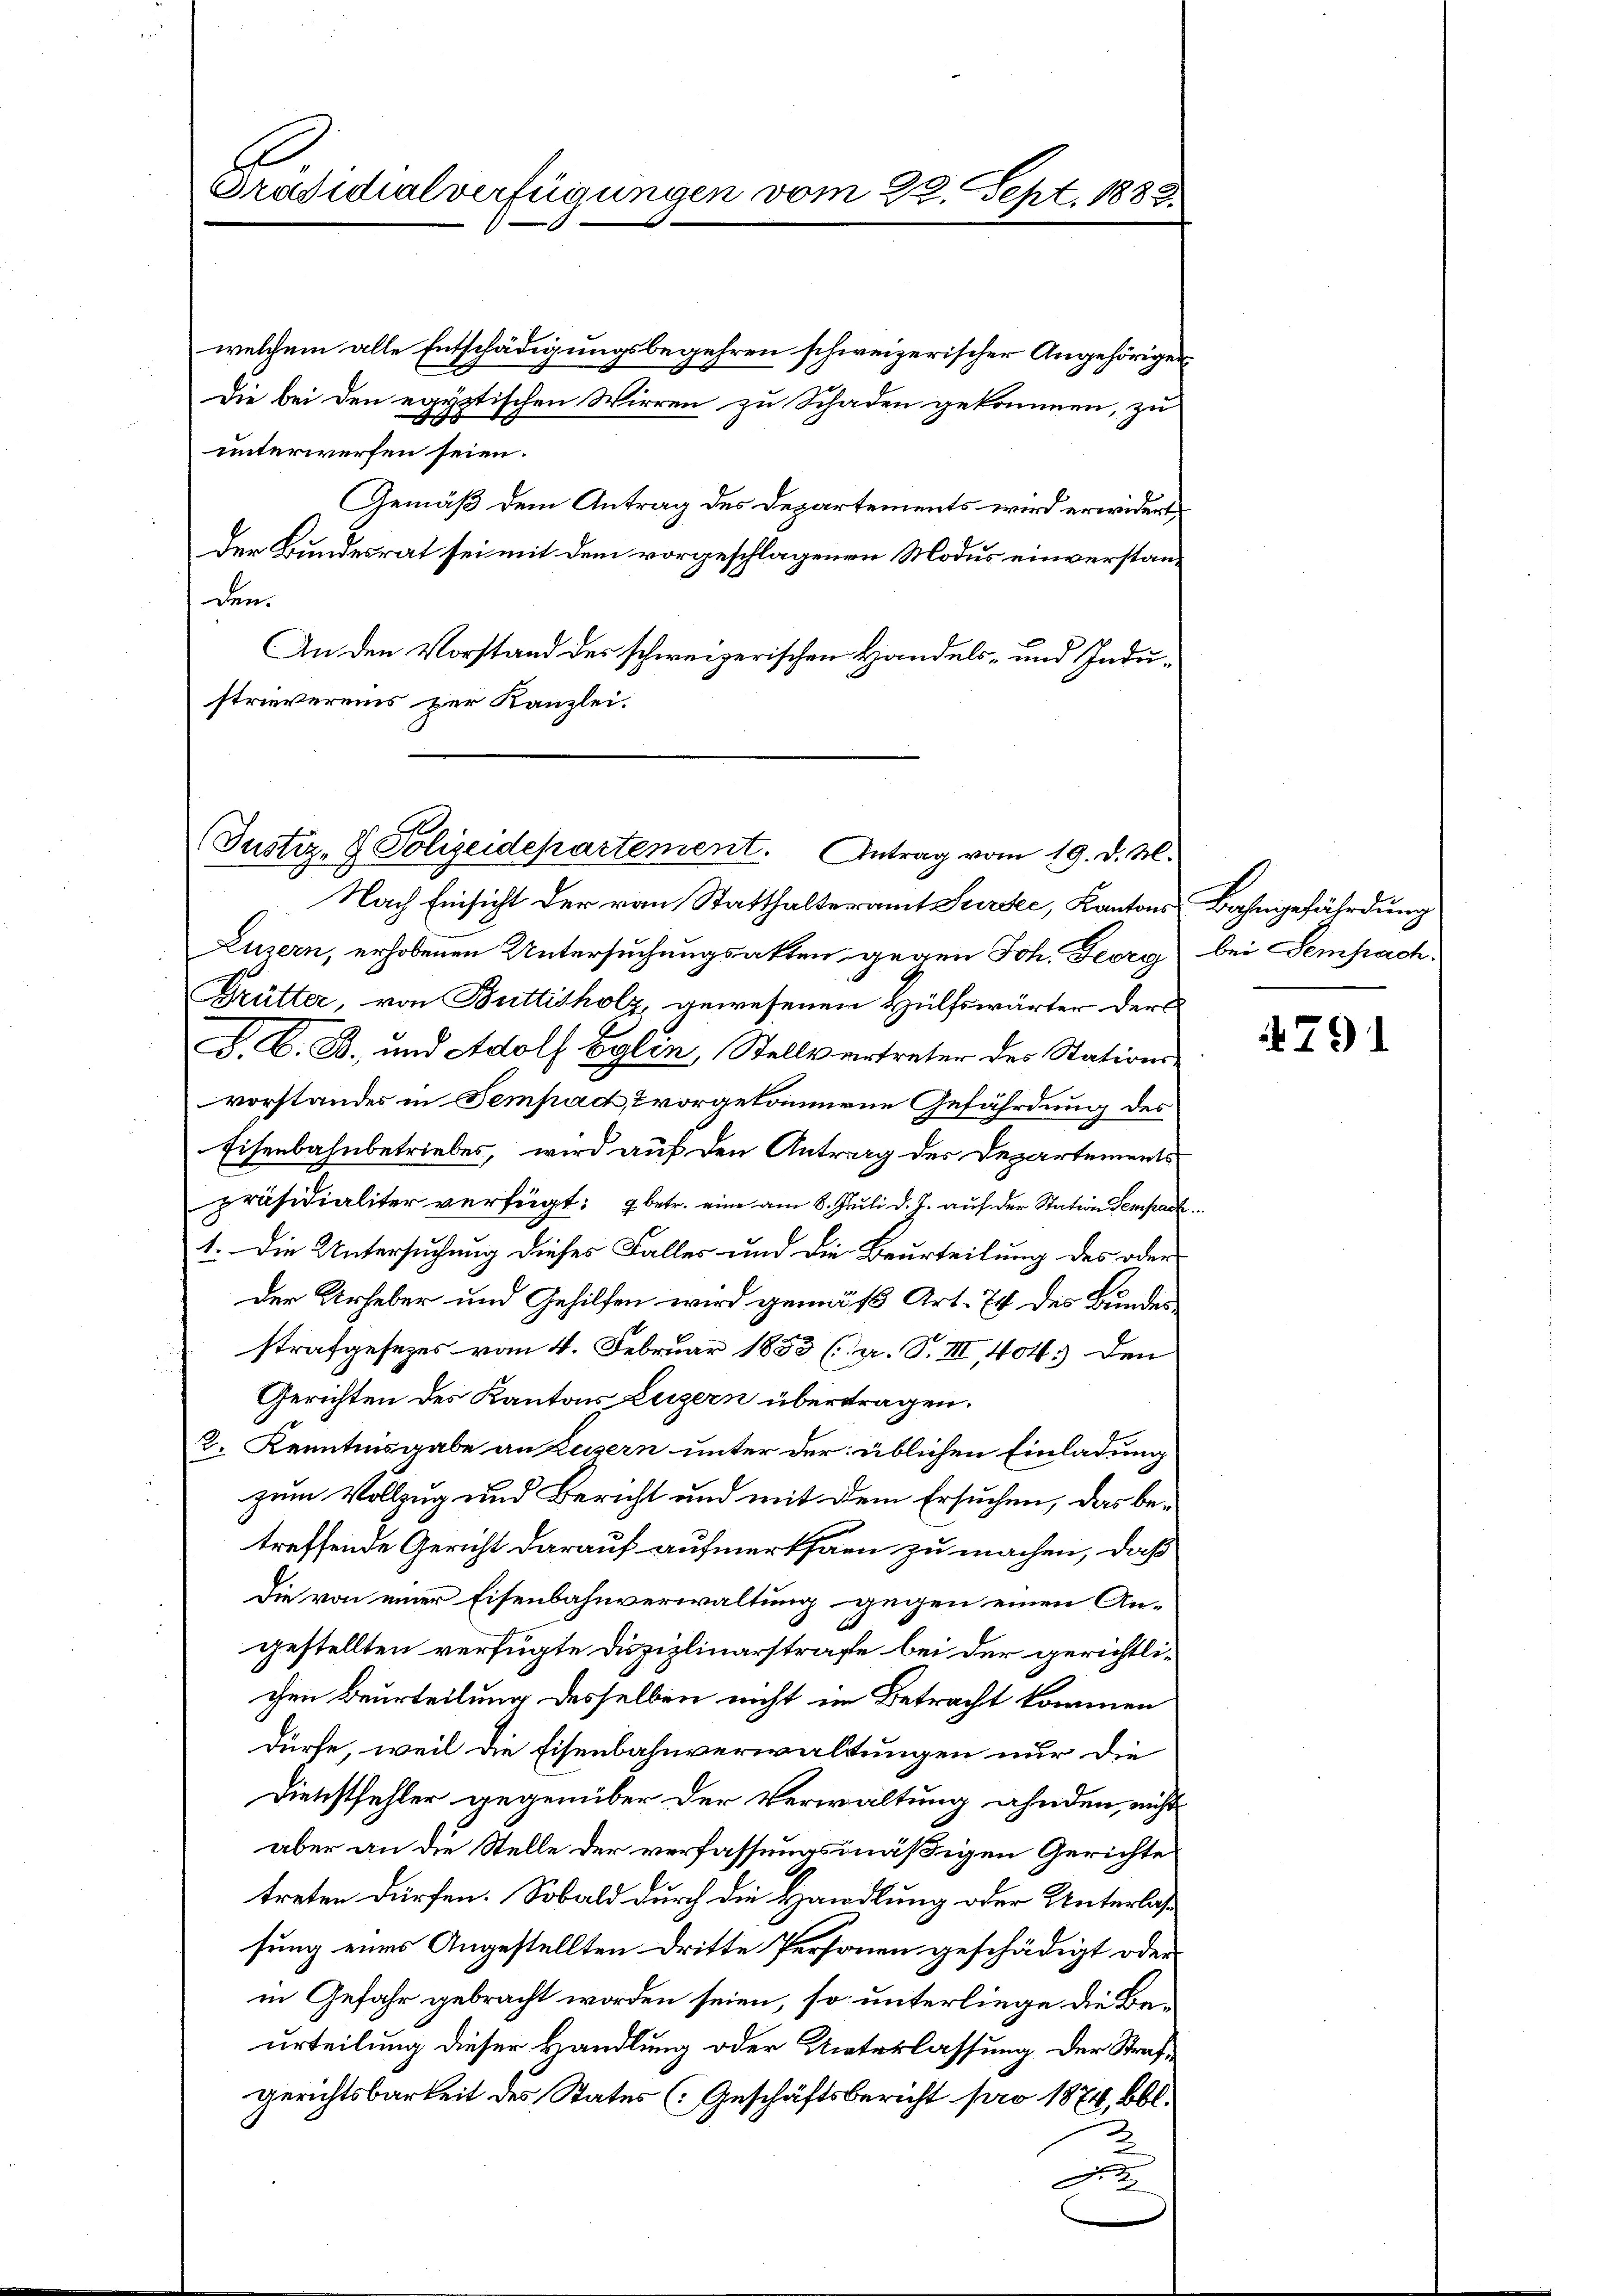
Präsidialverfügungen vom 22. Sept. 1888

welchem alle Entschädigungsbegehren schweizerischer Angehöriger
Die bei den egyptischen Wirren zu Schaden gekommen, zu
e
unterwerfen seien.
Gemäß dem Antrag des Departements wird erwidert
Der Bundesrat sei mit dem vorgeschlagenen Modus einverstanden.
An den Vorstand des schweizerischen Handels- und Industrievereis zur Kanzlei.

(Justiz- & Polizeidepartement. Antrag vom 19. d. M.

Nach Einsicht der von Statthalteramt Sursee, Kantons Bahngefährdung
Luzern, erhobenen Untersuchungsakten gegen Joh. Georg bei Sempach¬
Brütter, von Büttisholz, gewesenen Hülfswärter der
F. L. B., und Adolf Eglin, Stellvertreter des Stationsvorstandes in Tempac, vorgekommene Gefährdung des
Eisenbahnbetriebes, wird auf den Antrag des Departements
präsidialiter verfügt: betr. eine am 8. Juli d. J. auf der Station Sempac
1. Die Untersuchung dieses Falles und die Beurteilung des oder
Der Urheber und Gehilfen wird gemäß Art. 74 des Bundes
strafgesezes vom 4. Februar 1853 (a. S. III 404. den
Gerichten des Kantons Luzern übertragen.
2. Kenntnisgabe an Luzern unter der üblichen Einladung
zum Vollzug und Bericht und mit dem Ersuchen, das betreffende Gericht darauf aufmerksam zu machen, daß
Die von einer Eisenbahnverwaltung gegen einen An-
gestellten verfügte Disziplinarstrafe bei der gerichtlichen Beurteilung desselben nicht im Betracht kommen
dürfe, weil die Eisenbahnverwaltungen nur die
Dienstfehler gegenüber der Verwaltung ahnden, nicht
aber an die Stelle der verfassungsmäßigen Gerichte
treten dürfen. Sobald durch die Handlung oder Unterlassung eines Angestellten dritte Personen geschädigt oder
in Gefahr gebracht worden seien, so unterliege die Beurteilung dieser Handlung oder Unterlassung der Strafgerichtsbarkeit des States (Geschäftsbericht pro 1874, bbl.
F.

4791